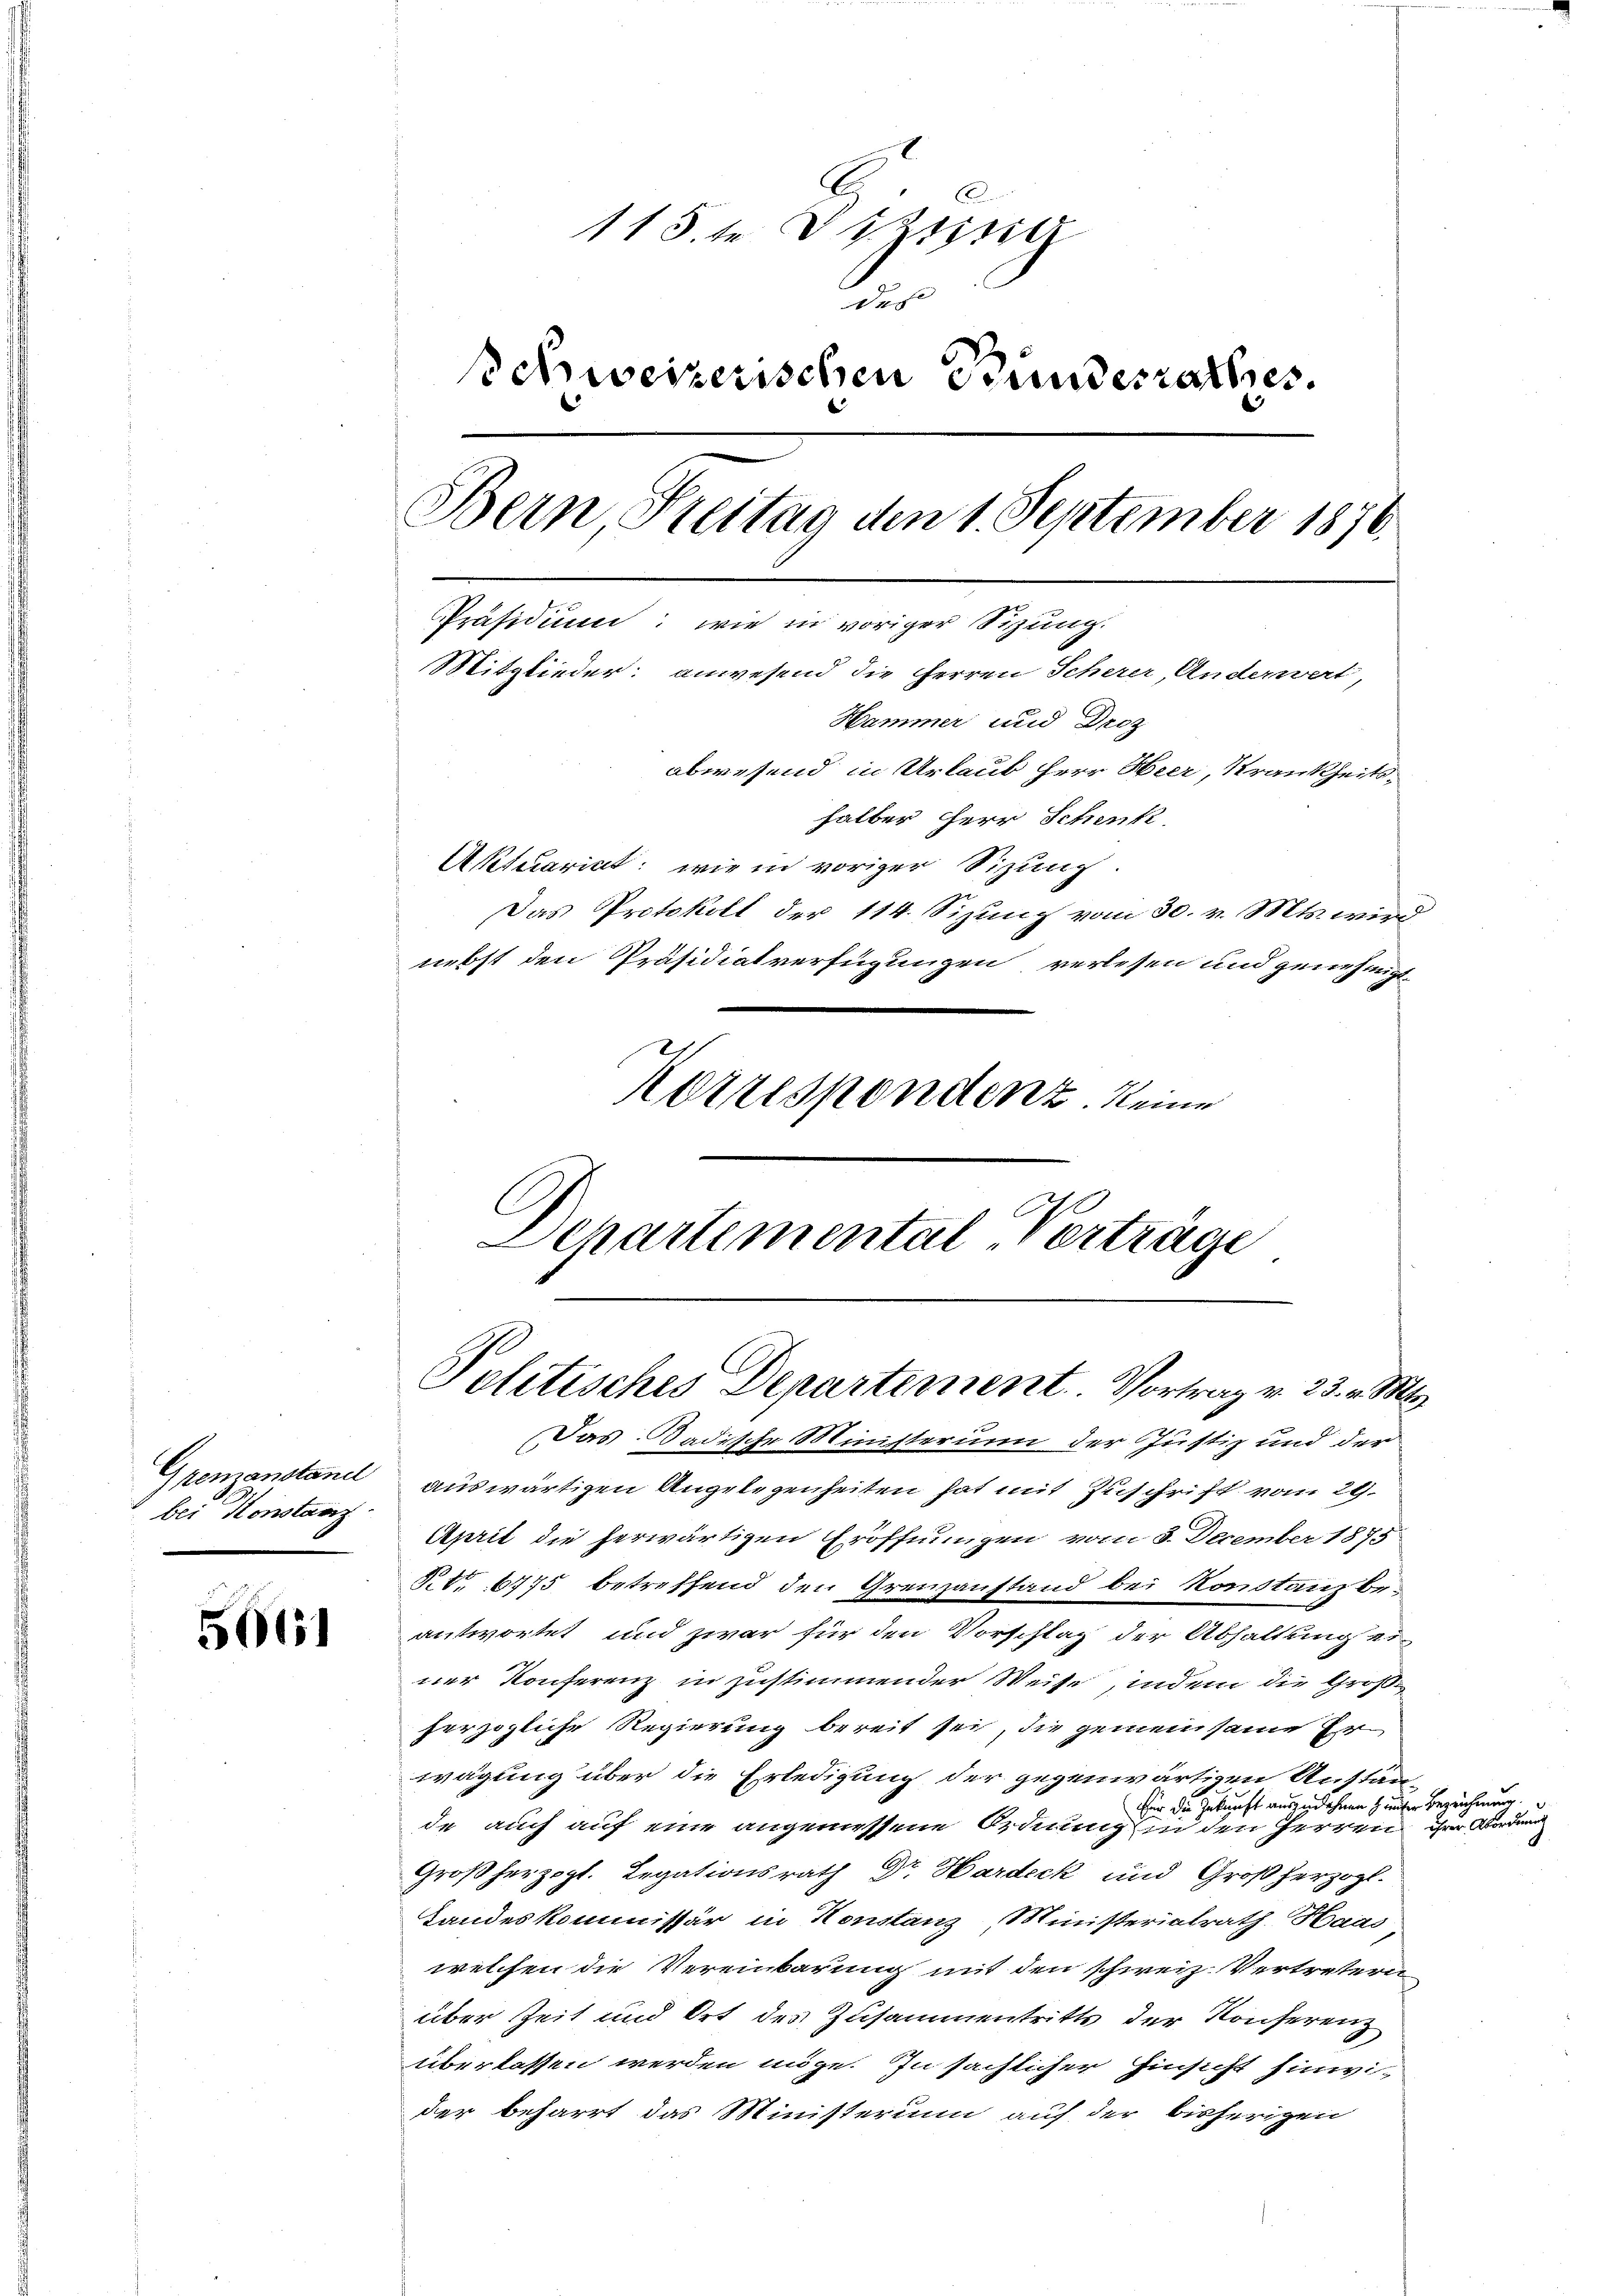
bei Konstanz

5661

A
115.t Dizistig
.
Schweizerischen Bundesrathes.
Bern Preitag den 1. September 1876.
Präsidium: wie in voriger Sitzung.
Mitglieder: anwesend die Herren Scherer, Anderwert,
Hammer und Droz
abwesend in Urlaub Herr Heer, Krankheits¬

halber Herr Schenk
Aktuariat: wie in voriger Sitzung.
Das Protokoll der 114. Sizung vom 30. v. Mts. wird
nebst den Präsidialverfügungen verlesen und genehmigt.
Korrespondenz keine
C
A
Departemental verträge

Politisches Departement. Vortrag v. 23. v. Mts.

Das Badische Ministerum der Justiz und der
Gremanstand auswärtigen Angelegenheiten hat mit Zuschrift vom 29.
April die herwärtigen Eröffnungen vom 3. December 1875
S. 1775 betreffend den Grenzanstand bei Konstanz beantwortet und zwar für den Vorschlag der Abhaltung ei
ner Konferenz in zustimmender Weise, indem die Großherzogliche Regierung bereit sei, die gemeinsame Er
wägung über die Erledigung der gegenwärtigen Anstän
für die Zukunft auszudehnen unter Bezeichnung.
de auch auf eine angemessene Ordnung in den Herren zur Boden
Großherzogl. Legationsrath Dr. Hardeck und Großherzogl.
Landeskommissär in Konstanz, Ministerialrath Haas
welchen die Vereinbarung mit den schweiz. Vertretern
über Zeit und Ort des Zusammentritts der Konferenz
überlassen werden möge. In sächlicher Hinsicht hinwi-
der beharrt das Ministerium auf der bisherigen